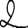
Digit: 2